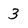
Character: 3